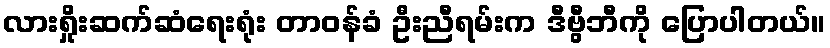
လားရှိုးဆက်ဆံရေးရုံး တာဝန်ခံ ဦးညီရမ်းက ဒီဗွီဘီကို ပြောပါတယ်။